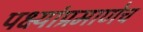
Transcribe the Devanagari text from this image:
पक्ष्यांप्रमाणेच